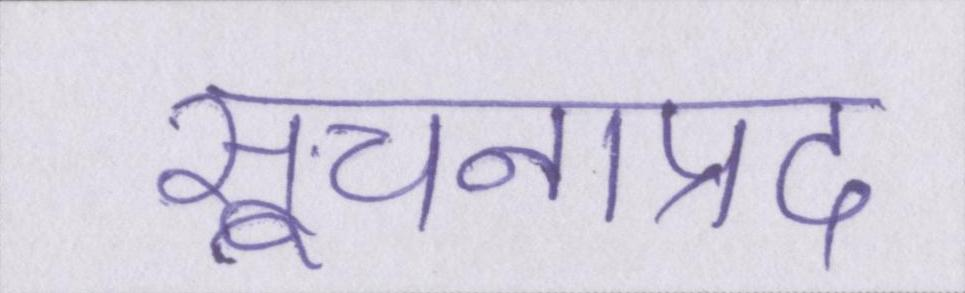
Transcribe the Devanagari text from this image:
सूचनाप्रद